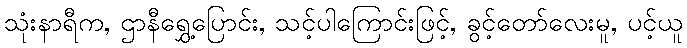
သုံးနာရီက, ဌာနီရွှေ့ပြောင်း, သင့်ပါကြောင်းဖြင့်, ခွင့်တော်လေးမူ, ပင့်ယူ